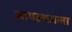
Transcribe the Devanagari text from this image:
आपल्यााला